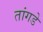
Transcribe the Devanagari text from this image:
तांगडे